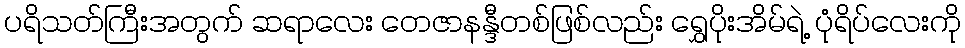
ပရိသတ်ကြီးအတွက် ဆရာလေး တေဇာနန္ဒီတစ်ဖြစ်လည်း ရွှေပိုးအိမ်ရဲ့ ပုံရိပ်လေးကို